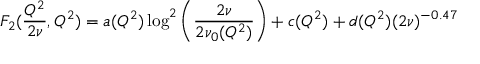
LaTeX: F _ { 2 } ( \frac { Q ^ { 2 } } { 2 \nu } , Q ^ { 2 } ) = a ( Q ^ { 2 } ) \log ^ { 2 } \left( \frac { 2 \nu } { 2 \nu _ { 0 } ( Q ^ { 2 } ) } \right) + c ( Q ^ { 2 } ) + d ( Q ^ { 2 } ) ( 2 \nu ) ^ { - 0 . 4 7 }